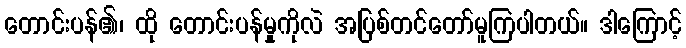
တောင်းပန်၏၊ ထို တောင်းပန်မှုကိုလဲ အပြစ်တင်တော်မူကြပါတယ်။ ဒါကြောင့်